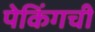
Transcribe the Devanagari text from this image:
पेकिंगची